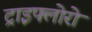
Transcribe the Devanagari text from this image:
ट्राइफ्लोरो